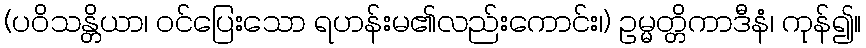
(ပဝိသန္တိယာ၊ ဝင်ပြေးသော ရဟန်းမ၏လည်းကောင်း၊) ဥမ္မတ္တိကာဒီနံ၊ ကုန်၍။